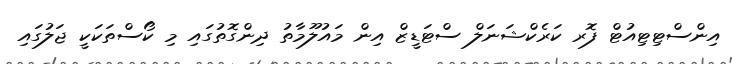
އިންސްޓިޓިއުޓް ފޮރ ކަރެކްޝަނަލް ސްޓަޑީޒް އިން މައުލޫމާތު ދިންގޮތުގައި މި ކޯސްތަކަކީ ޖަލުގައި